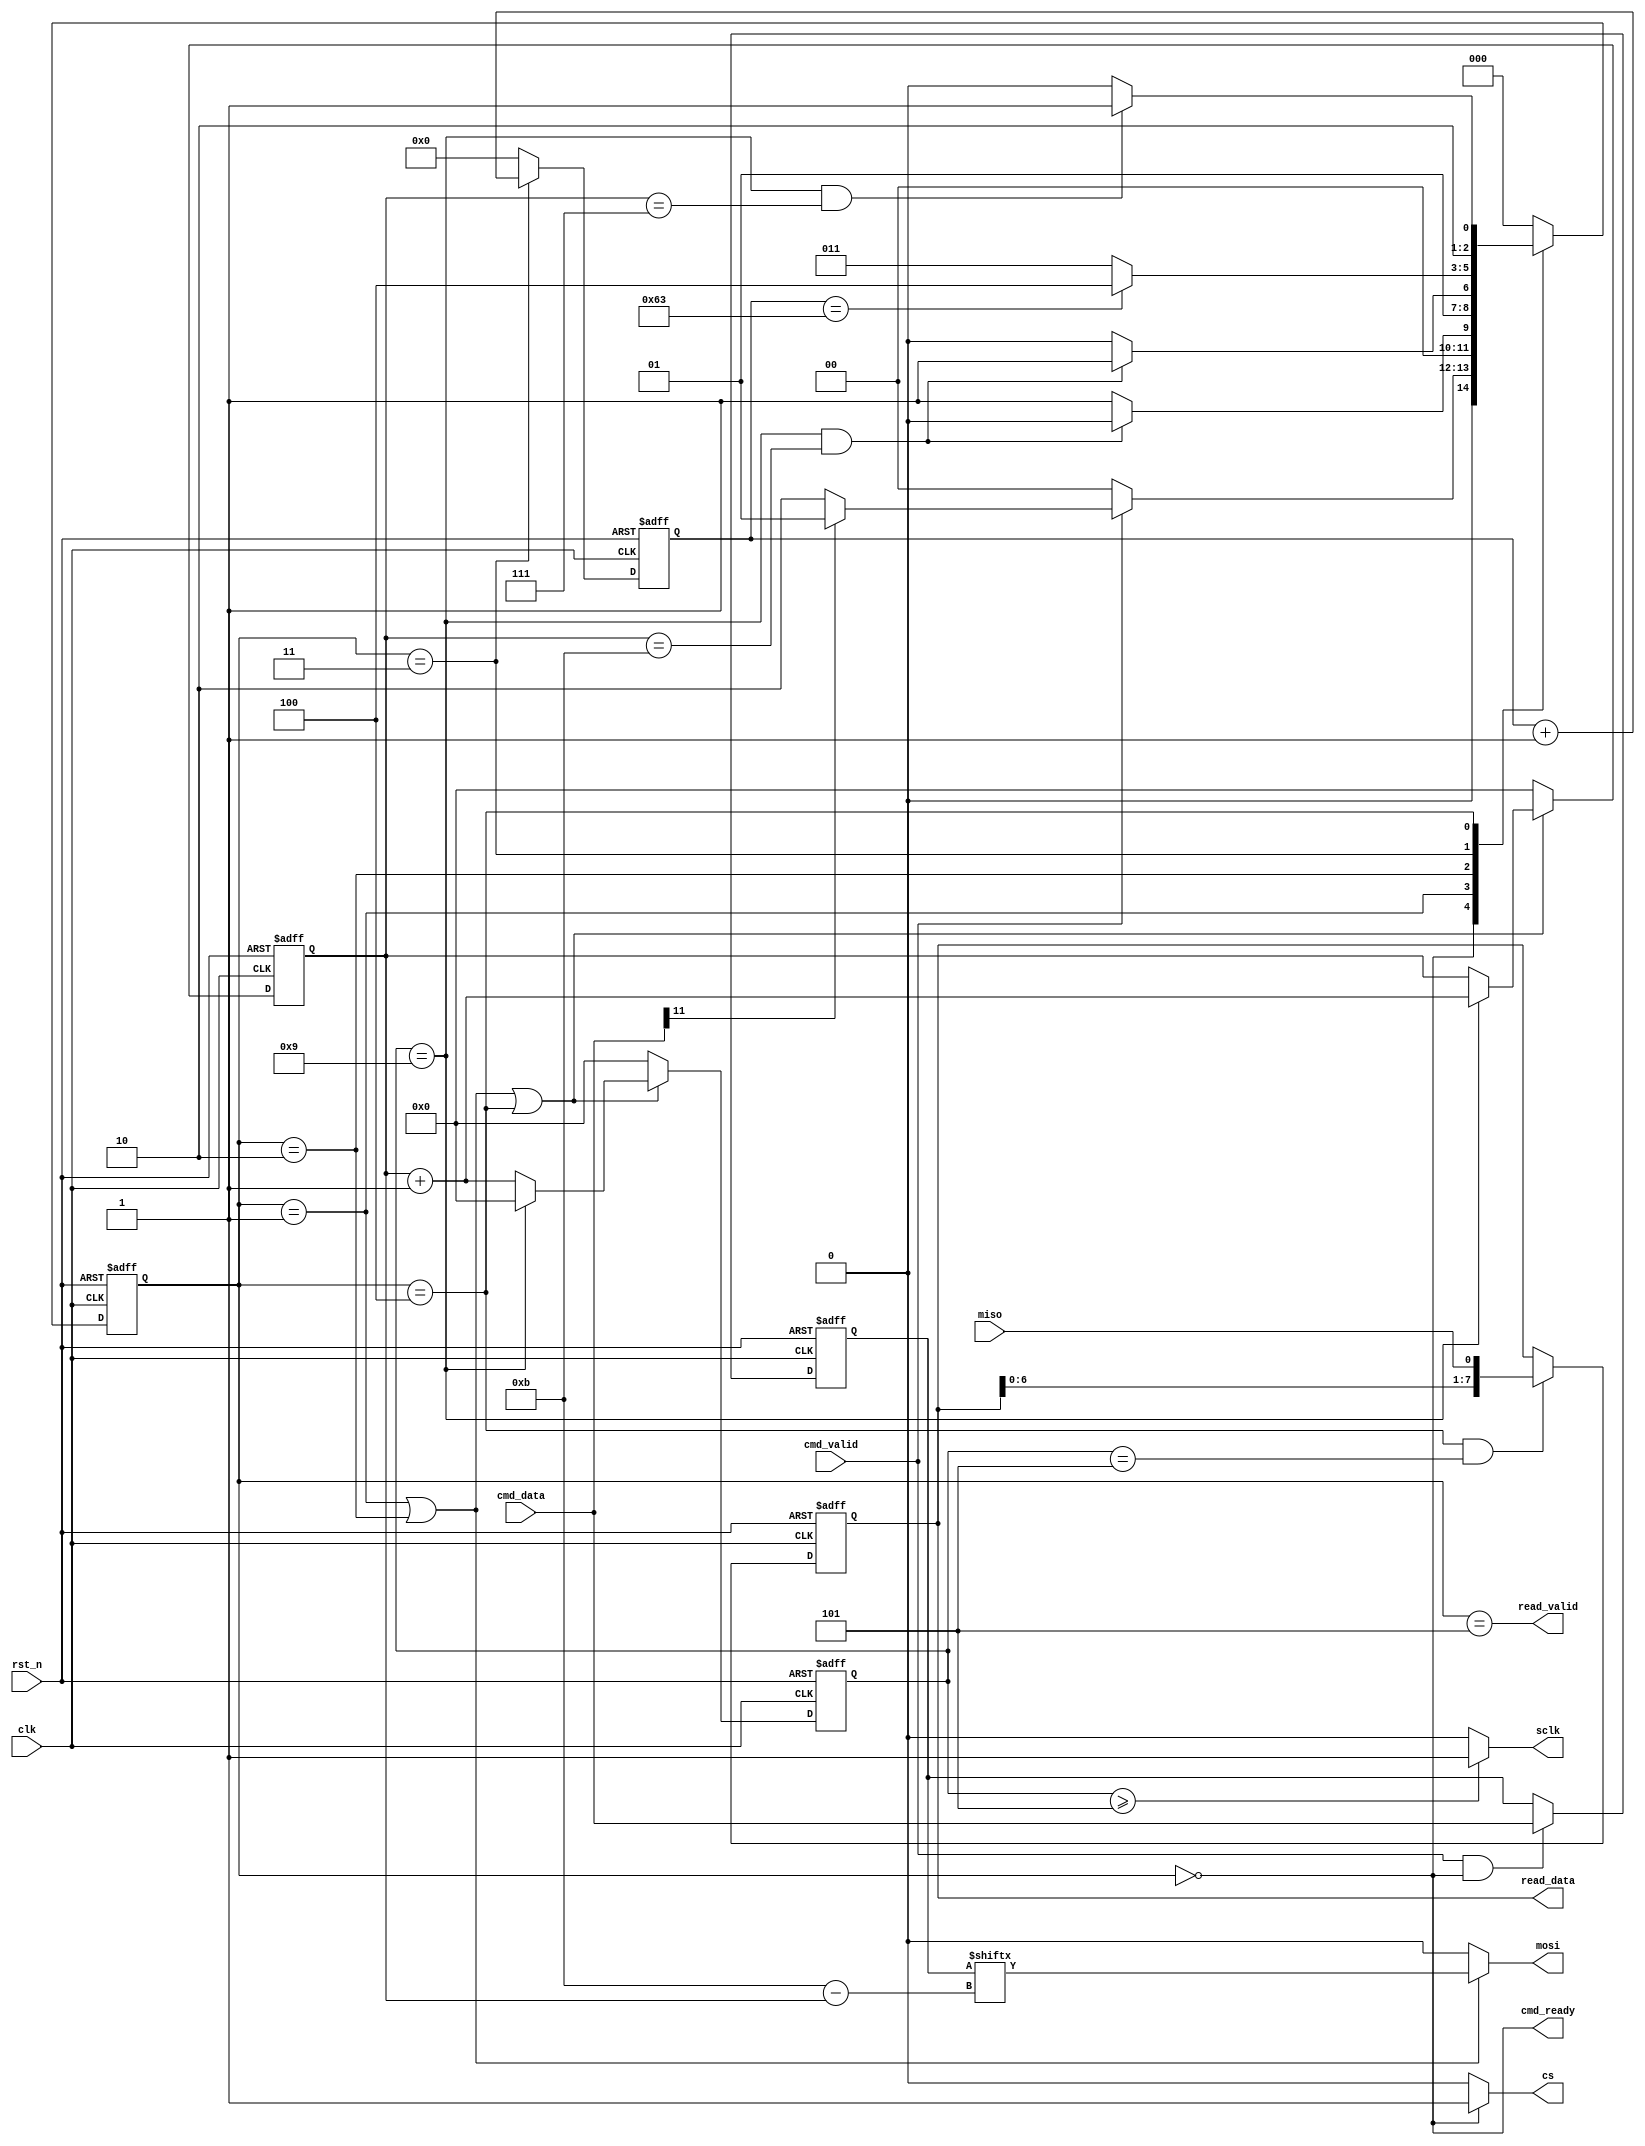
module spi_fsm #(
  parameter RW_FLAG    = 1,
  parameter ADDR_WIDTH = 3,
  parameter DATA_WIDTH = 8,
  parameter CMD_WIDTH  = RW_FLAG + ADDR_WIDTH + DATA_WIDTH
)(
    input                         clk,
    input                       rst_n,
    input                   cmd_valid,
    output                  cmd_ready,
    input  [CMD_WIDTH-1:0]   cmd_data,
    output                 read_valid,
    output [DATA_WIDTH-1:0] read_data,
    output reg                   sclk,
    output reg                     cs,
    output reg                   mosi,
    input                        miso
);

reg [CMD_WIDTH-1:0]  cmd_data_buffer;
reg [3:0]            spi_clk_cnt    ;
reg [3:0]            spi_bit_cnt    ;
wire                 spi_clk_cnt_en ;
reg [DATA_WIDTH-1:0] miso_buffer    ;
reg [6:0]            delay_cnt      ;

reg [2:0] fsm_cs;
reg [2:0] fsm_ns;

localparam IDLE           = 3'd0,
           W_SEND         = 3'd1,
           R_SEND_CMD     = 3'd2,
           R_DELAY        = 3'd3,
           R_REV_DATA     = 3'd4,
           SEND_READ_DATA = 3'd5;

always @(posedge clk or negedge rst_n) begin
    if(!rst_n)   
        fsm_cs <= IDLE;
    else
        fsm_cs <= fsm_ns;     
end

always@(*) begin
case(fsm_cs)
    IDLE:
        if(cmd_valid) 
            fsm_ns = cmd_data[11]? W_SEND : R_SEND_CMD;
        else
            fsm_ns = IDLE;        
    W_SEND:
        if(spi_clk_cnt == 4'd9 && spi_bit_cnt == 4'd11)
            fsm_ns = IDLE;
        else
            fsm_ns = W_SEND;    
    R_SEND_CMD:
        if(spi_clk_cnt == 4'd9 && spi_bit_cnt == 4'd11)
            fsm_ns = R_DELAY;
        else
            fsm_ns = R_SEND_CMD;    
    R_DELAY:
        if(delay_cnt == 7'd99)
            fsm_ns = R_REV_DATA;
        else
            fsm_ns = R_DELAY;    
    R_REV_DATA:
        if(spi_clk_cnt == 4'd9 && spi_bit_cnt == 4'd7)
            fsm_ns = SEND_READ_DATA;
        else
            fsm_ns = R_REV_DATA;    
    SEND_READ_DATA:
        fsm_ns = IDLE;
    default: fsm_ns = IDLE;
endcase
end
/*
always @(posedge clk or negedge rst_n) begin
    if(!rst_n)    
end*/
always @(posedge clk or negedge rst_n) begin
    if(!rst_n)    
        cmd_data_buffer <= {DATA_WIDTH{1'b0}};
    else if(cmd_valid && cmd_ready)
        cmd_data_buffer <= cmd_data;
end

assign cmd_ready = fsm_cs == IDLE ;
assign spi_clk_cnt_en = fsm_cs==W_SEND || fsm_cs == R_SEND_CMD || fsm_cs == R_REV_DATA;
always @(posedge clk or negedge rst_n) begin
    if(!rst_n) 
        spi_clk_cnt <= 4'd0;
    else if(spi_clk_cnt_en) begin
        if(spi_clk_cnt == 4'd9)
            spi_clk_cnt <= 4'd0;
        else
            spi_clk_cnt <= spi_bit_cnt + 1'b1;    
    end
    else
        spi_clk_cnt <= 4'd0;
end

always @(posedge clk or negedge rst_n) begin
    if(!rst_n)
        spi_bit_cnt <= 4'd0;
    else if(spi_clk_cnt_en) begin
        if(spi_clk_cnt == 4'd9)
            spi_bit_cnt <= spi_bit_cnt + 1'b1;
    end
    else
        spi_bit_cnt <= 4'd0;        
end

always @(posedge clk or negedge rst_n) begin
    if(!rst_n)  
        delay_cnt <= 7'd0;
    else if(fsm_cs == R_DELAY)
        delay_cnt <= delay_cnt + 1'b1;
    else
        delay_cnt <= 7'd0;          
end

assign cs = (fsm_cs == IDLE)? 1:0;
assign sclk = (spi_clk_cnt >= 4'd5)? 1:0;

always @(*) begin
    if(fsm_cs == W_SEND || fsm_cs == R_SEND_CMD)
        mosi = cmd_data_buffer[CMD_WIDTH-1 - spi_bit_cnt];
    else
        mosi = 1'b0;        
end

always @(posedge clk or negedge rst_n) begin
    if(!rst_n)    
        miso_buffer <= {DATA_WIDTH{1'b0}};
    else if(fsm_cs == R_REV_DATA && spi_clk_cnt == 4'd5)
        miso_buffer <= {miso_buffer[DATA_WIDTH-2:0],miso};
end

assign read_valid = fsm_cs==SEND_READ_DATA;
assign read_data  = miso_buffer           ;

endmodule